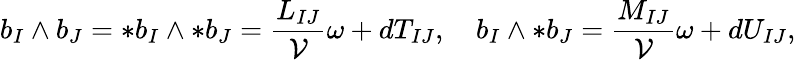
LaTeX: b_{I}\wedge b_{J}=\ast b_{I}\wedge\ast b_{J}=\frac{L_{IJ}}{\cal V}\omega+dT_{IJ},\quad b_{I}\wedge\ast b_{J}=\frac{M_{IJ}}{\cal V}\omega+dU_{IJ},